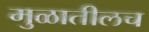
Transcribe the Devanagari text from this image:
मुळातीलच